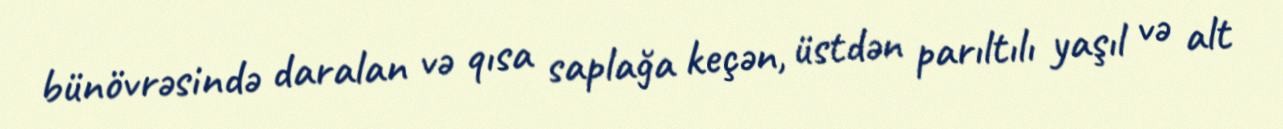
bünövrəsində daralan və qısa saplağa keçən, üstdən parıltılı yaşıl və alt